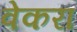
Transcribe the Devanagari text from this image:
वेकरा